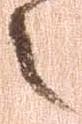
之